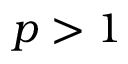
p > 1